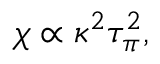
\chi \propto \kappa ^ { 2 } \tau _ { \pi } ^ { 2 } ,